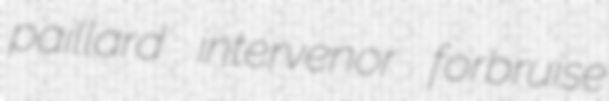
paillard intervenor forbruise